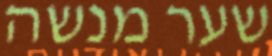
שער מנשה